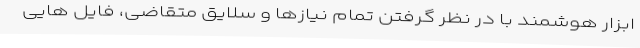
ابزار هوشمند با در نظر گرفتن تمام نیازها و سلایق متقاضی، فایل هایی